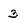
Character: 3